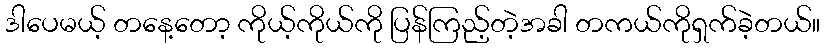
ဒါပေမယ့် တနေ့တော့ ကိုယ့်ကိုယ်ကို ပြန်ကြည့်တဲ့အခါ တကယ်ကိုရှက်ခဲ့တယ်။